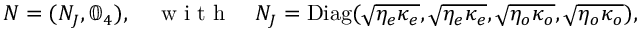
N = ( N _ { J } , \mathbb { 0 } _ { 4 } ) , \quad \mathrm { ~ w ~ i ~ t ~ h ~ } \quad N _ { J } = \mathrm { D i a g } ( \sqrt { \eta _ { e } \kappa _ { e } } , \sqrt { \eta _ { e } \kappa _ { e } } , \sqrt { \eta _ { o } \kappa _ { o } } , \sqrt { \eta _ { o } \kappa _ { o } } ) ,